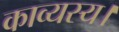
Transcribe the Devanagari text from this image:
काव्यस्य।